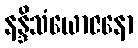
နန္ဒိသံယောဇနော